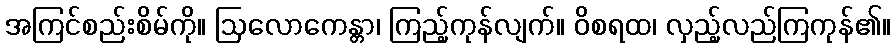
အကြင်စည်းစိမ်ကို။ ဩလောကေန္တာ၊ ကြည့်ကုန်လျက်။ ဝိစရထ၊ လှည့်လည်ကြကုန်၏။